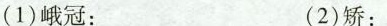
(1)峨冠： (2)矫：